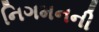
નિગમનની